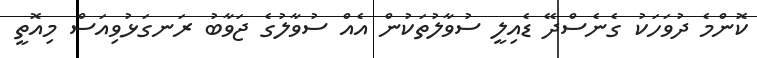
ކޮންމެ ދުވަހަކު ގެނެސްދޭ ޑެއިލީ ސުވާލުތަކުން އެއް ސުވާލުގެ ޖަވާބު ރަނގަޅުވިއަސް މިއޮތީ